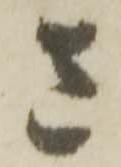
さ